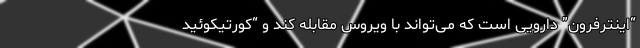
“اینترفرون” دارویی است که می‌تواند با ویروس مقابله کند و “کورتیکوئید